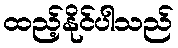
ထည့်နိုင်ပါသည်